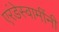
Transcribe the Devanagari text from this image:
एरंडेस्वामींनी